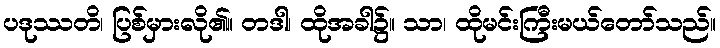
ပဒုဿတိ၊ ပြစ်မှားလို၏။ တဒါ၊ ထိုအခါ၌။ သာ၊ ထိုမင်းကြီးမယ်တော်သည်။